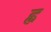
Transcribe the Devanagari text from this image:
ह्व